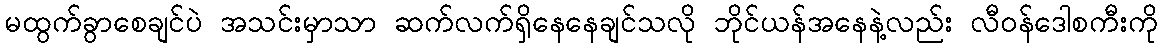
မထွက်ခွာစေချင်ပဲ အသင်းမှာသာ ဆက်လက်ရှိနေနေချင်သလို ဘိုင်ယန်အနေနဲ့လည်း လီဝန်ဒေါစကီးကို